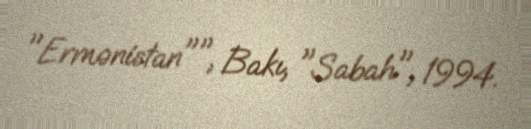
"Ermənistan"", Bakı, "Sabah", 1994.